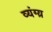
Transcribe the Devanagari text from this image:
व्यंग्य़